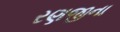
રણજીના